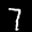
Label: 7